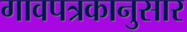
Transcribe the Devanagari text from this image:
गावपत्रकानुसार